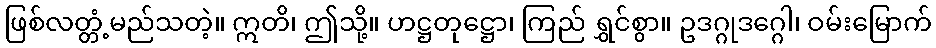
ဖြစ်လတ္တံ့မည်သတဲ့။ ဣတိ၊ ဤသို့။ ဟဋ္ဌတုဋ္ဌော၊ ကြည် ရွှင်စွာ။ ဥဒဂ္ဂုဒဂ္ဂေါ၊ ဝမ်းမြောက်